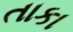
તાકા